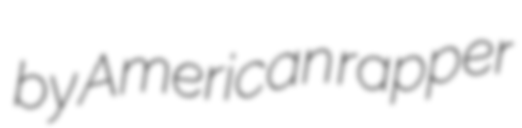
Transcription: by American rapper